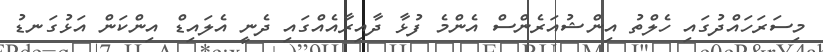
މިސަރަހައްދުގައި ހެލްތު އިންޝުއަރެންސް އެންމެ ފުޅާ ދާއިރާއެއްގައި ދެނީ އެލައިޑް އިންކަން އަޅުގަނޑު